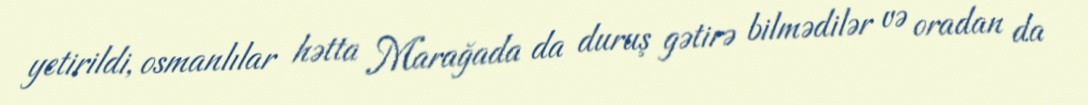
yetirildi, osmanlılar hətta Marağada da duruş gətirə bilmədilər və oradan da